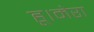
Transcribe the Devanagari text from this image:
हू।मेरा